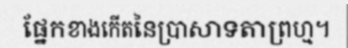
ផ្នែកខាងកើតនៃប្រាសាទតាព្រហ្ម។